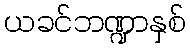
ယခင်ဘဏ္ဍာနှစ်